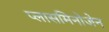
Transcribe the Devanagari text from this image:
प्लासमिनोजेन